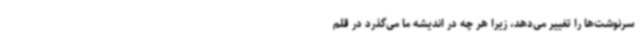
سرنوشت‌ها را تغییر می‌دهد، زیرا هر چه در اندیشه ما می‌گذرد در قلم